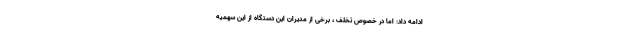
ادامه داد: اما در خصوص تخلف ، برخی از مدیران این دستگاه از این سهمیه